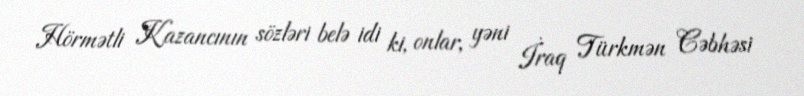
Hörmətli Kazancının sözləri belə idi ki, onlar, yəni İraq Türkmən Cəbhəsi